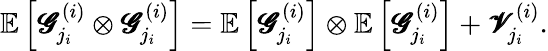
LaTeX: \mathbb{E}\left[\pmb{\mathscr{G}}_{j_{i}}^{(i)}\otimes\pmb{\mathscr{G}}_{j_{i}}^{(i)}\right]=\mathbb{E}\left[\pmb{\mathscr{G}}_{j_{i}}^{(i)}\right]\otimes\mathbb{E}\left[\pmb{\mathscr{G}}_{j_{i}}^{(i)}\right]+\pmb{\mathscr{V}}_{j_{i}}^{(i)}.